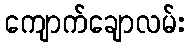
ကျောက်ချောလမ်း